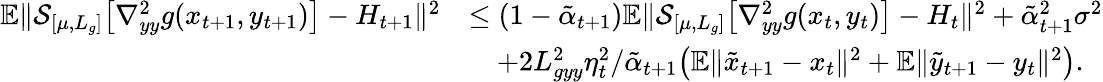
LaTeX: \begin{array}{rl}{\mathbb{E}\| \mathcal{S}_{[\mu,L_{g}]}\big[\nabla_{yy}^{2}g(x_{t+1},y_{t+1})\big]-H_{t+1}\| ^{2}}&{\leq(1-\tilde{\alpha}_{t+1})\mathbb{E}\| \mathcal{S}_{[\mu,L_{g}]}\big[\nabla_{yy}^{2}g(x_{t},y_{t})\big]-H_{t}\| ^{2}+\tilde{\alpha}_{t+1}^{2}\sigma^{2}}\\ &{\quad+2L_{gyy}^{2}\eta_{t}^{2}/\tilde{\alpha}_{t+1}\big(\mathbb{E}\| \tilde{x}_{t+1}-x_{t}\| ^{2}+\mathbb{E}\| \tilde{y}_{t+1}-y_{t}\| ^{2}\big).}\end{array}